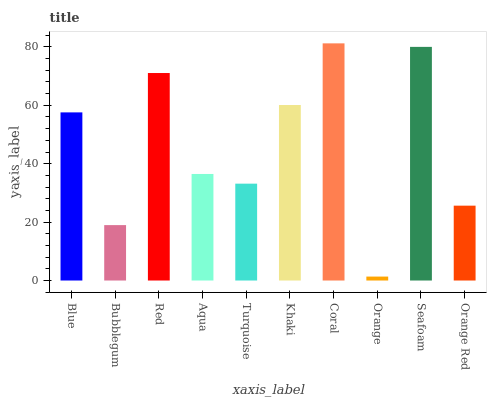
| xaxis_label | bars |
 | --- | --- |
 | Blue | 57.6 |
 | Bubblegum | 19 |
 | Red | 71.1 |
 | Aqua | 36.5 |
 | Turquoise | 33.2 |
 | Khaki | 60.1 |
 | Coral | 81.2 |
 | Orange | 1.35 |
 | Seafoam | 80 |
 | Orange Red | 25.6 |